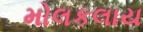
મોલકલાય